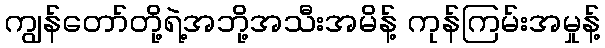
ကျွန်တော်တို့ရဲ့အဘို့အသီးအမိန့် ကုန်ကြမ်းအမှုန့်